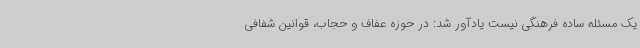
یک مسئله ساده فرهنگی نیست یادآور شد: در حوزه عفاف و حجاب، قوانین شفافی